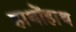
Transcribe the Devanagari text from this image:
हाथोंहाथ